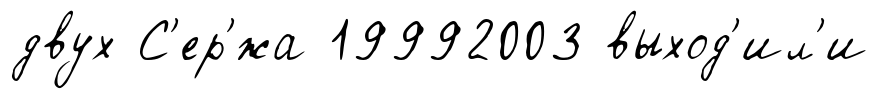
двух С'ер'́жа 19992003 выход'ил'и